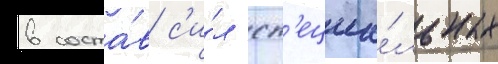
в соста́в с'и́л сп'ециа́льных